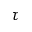
\tau